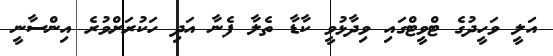
އަލީ ވަހީދުގެ ޓްވީޓްގައި ވިދާޅުވީ ކާޑާ ތެލާ ފެނާ އަދި ހަކުރަށްވުރެ އިންސާނީ